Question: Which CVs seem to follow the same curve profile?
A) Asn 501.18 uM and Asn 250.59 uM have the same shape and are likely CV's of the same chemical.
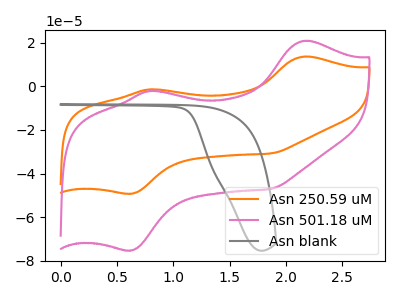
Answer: <think>The orange curve "Asn 250.59 uM" has anodic peaks at (2.15V, 13.70uA) (0.80V, -1.35uA) and cathodic peaks at (0.60V, -49.25uA) (1.85V, -30.75uA). The pink curve "Asn 501.18 uM" has anodic peaks at (2.15V, 20.90uA) (0.80V, -2.05uA) and cathodic peaks at (0.60V, -75.25uA) (1.85V, -47.00uA). The gray curve "Asn blank" has no peaks.
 All the peaks in "Asn 250.59 uM" have a peak in "Asn 501.18 uM" at the same potential. "Asn 250.59 uM" and "Asn blank" have a different number of peaks. "Asn 501.18 uM" and "Asn blank" have a different number of peaks.</think>
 <answer>A) "Asn 501.18 uM" and "Asn 250.59 uM" have the same shape and are likely CV's of the same chemical.</answer>
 <eval>A</eval>